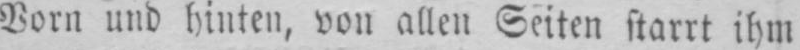
Vorn und hinten, von allen Seiten starrt ihm